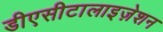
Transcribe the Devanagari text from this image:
डीएसीटालाइज़ेशन